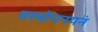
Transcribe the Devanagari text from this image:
वस्त्रोपनयनं